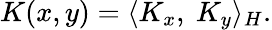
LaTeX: K(x,y)=\langle K_{x},\ K_{y}\rangle_{H}.